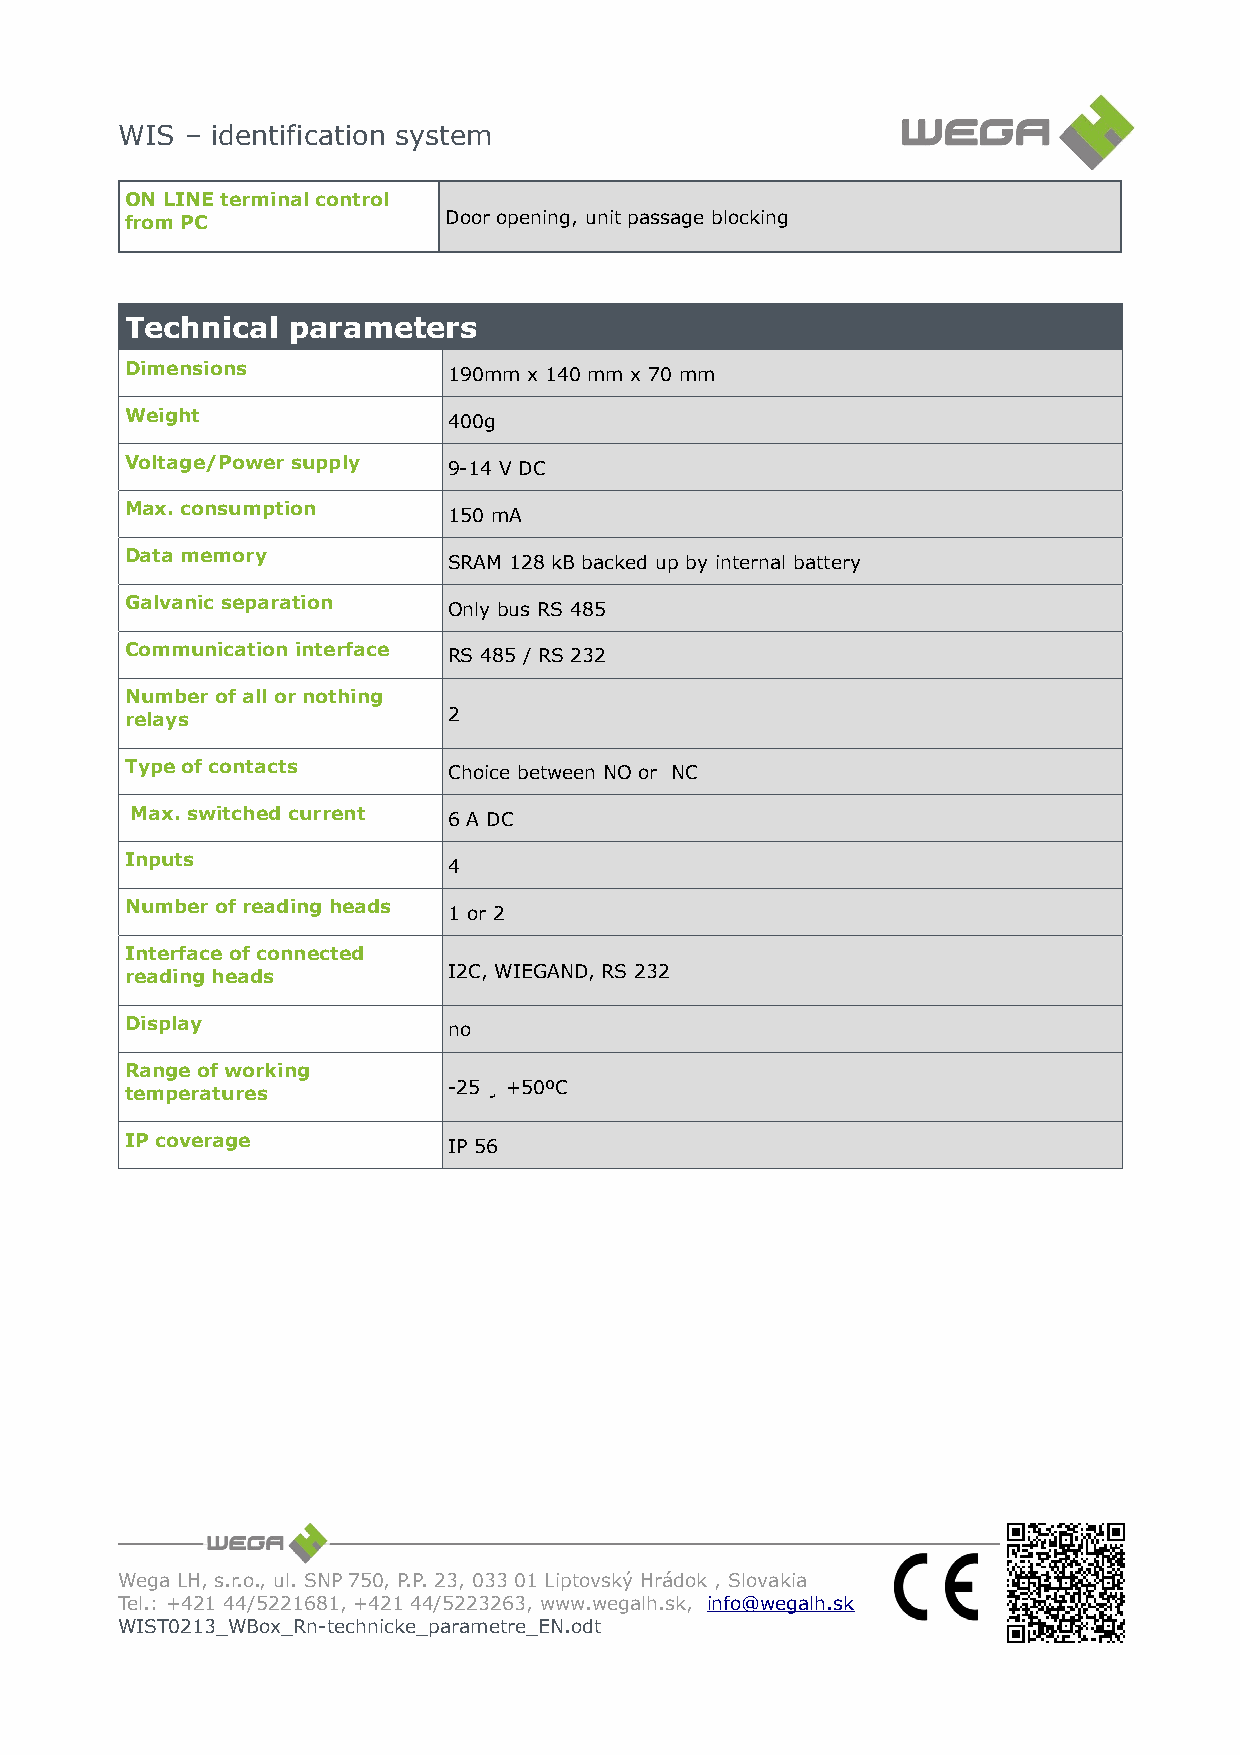
WIS – identification system
 ON LINE terminal control
 from PC              Door opening, unit passage blocking
 Technical  parameters
 Dimensions            190mm x 140 mm x 70 mm
 Weight                400g
 Voltage/Power supply  9-14 V DC
 Max. consumption      150 mA
 Data memory           SRAM 128 kB backed up by internal battery
 Galvanic separation   Only bus RS 485
 Communication interface RS 485 / RS 232
 Number of all or nothing
 relays                2
 Type of contacts      Choice between NO or NC
 Max. switched current 6 A DC
 Inputs                4
 Number of reading heads 1 or 2
 Interface of connected
 reading heads         I2C, WIEGAND, RS 232
 Display               no
 Range of working
 temperatures          -25 ¸ +50ºC
 IP coverage           IP 56
 Wega LH, s.r.o., ul. SNP 750, P.P. 23, 033 01 Liptovský Hrádok , Slovakia
 Tel.: +421 44/5221681, +421 44/5223263, www.wegalh.sk, info@wegalh.sk
 WIST0213_WBox_Rn-technicke_parametre_EN.odt